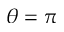
\theta = \pi